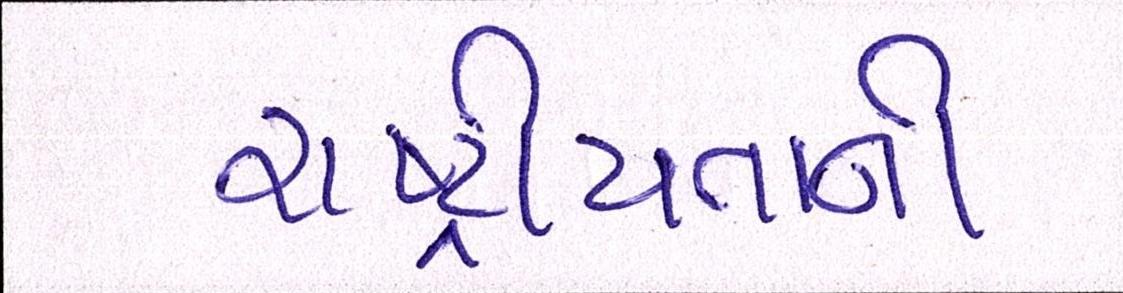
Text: રાષ્ટ્રીયતાની